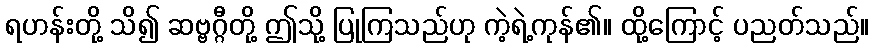
ရဟန်းတို့ သိ၍ ဆဗ္ဗဂ္ဂီတို့ ဤသို့ ပြုကြသည်ဟု ကဲ့ရဲ့ကုန်၏။ ထို့ကြောင့် ပညတ်သည်။